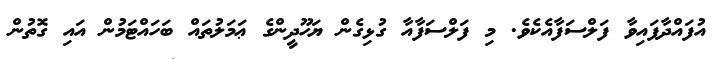
އުފައްދާފައިވާ ފަލްސަފާއެކެވެ. މި ފަލްސަފާއާ ގުޅިގެން ޔަހޫދީންގެ ޢަމަލުތައް ބަހައްޓަމުން އައި ގޮތުން